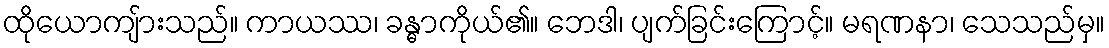
ထိုယောကျ်ားသည်။ ကာယဿ၊ ခန္ဓာကိုယ်၏။ ဘေဒါ၊ ပျက်ခြင်းကြောင့်။ မရဏနာ၊ သေသည်မှ။